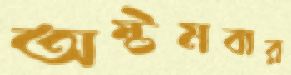
অষ্টমবার